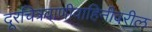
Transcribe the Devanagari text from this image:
दूरचित्रवाणीवाहिनीवरील